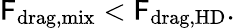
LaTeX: \mathsf{F}_{\mathrm{{drag,mix}}}<\mathsf{F}_{\mathrm{{drag,HD}}}.